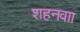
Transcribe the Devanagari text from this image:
शहनवाा